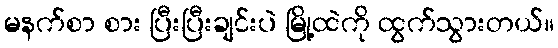
မနက်စာ စား ပြီးပြီးချင်းပဲ မြို့ထဲကို ထွက်သွားတယ်။